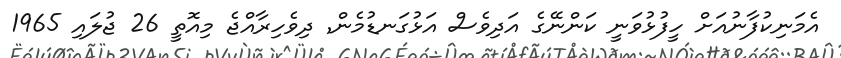
އެމަނިކުފާނުއަށް ހީފުޅުވަނީ ކަންނޭގެ އަދިވެސް އަޅުގަނޑުމެން